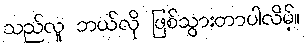
သည်လူ ဘယ်လို ဖြစ်သွားတာပါလိမ့်။